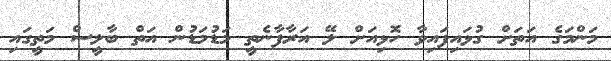
މަންމަގެ އަތަށް ގުޅައިފައިވާ ހޮޅިއަށް ލޭ އަރާފާނެތީ މަޑުމަޑުން އަތް ބާލީސް މަތީގައި